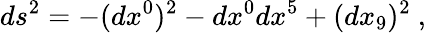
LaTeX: ds^{2}=-(dx^{0})^{2}-dx^{0}dx^{5}+(dx_{9})^{2}\ ,